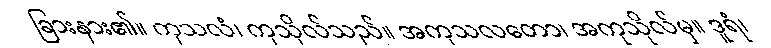
ခြားနား၏။ ကုသလံ၊ ကုသိုလ်သည်။ အကုသလတော၊ အကုသိုလ်မှ။ ဒူရံ၊